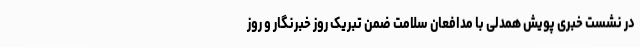
در نشست خبری پویش همدلی با مدافعان سلامت ضمن تبریک روز خبرنگار و روز